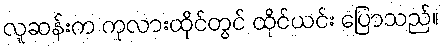
လူဆန်းက ကုလားထိုင်တွင် ထိုင်ယင်း ပြောသည်။